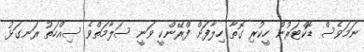
ނަމަވެސް ޑޮކްޓަރުން ހީކުރި ގޮތާ ހިލާފަށް ފްރޭންކީ ވަނީ ސަލާމަތްވެ ސިއްހަތު ރަނގަޅު